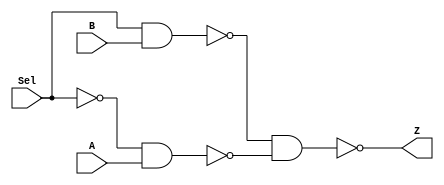
module mux2to1_nand (Z, Sel, A, B); 
 
input Sel;
input A;
input B;

output Z;

wire a;
wire b;
wire c;

nand(b,Sel,B);
nand(a,Sel,Sel);
nand(c,a,A);
nand(Z,b,c);

endmodule